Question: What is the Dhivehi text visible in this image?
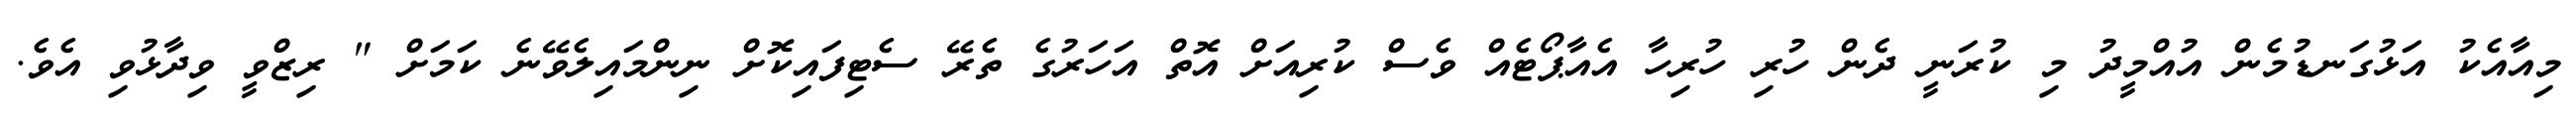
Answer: މިއާއެކު އަޅުގަނޑުމެން އުއްމީދު މި ކުރަނީ ދެން ހުރި ހުރިހާ އެއާޕޯޓެއް ވެސް ކުރިއަށް އޮތް އަހަރުގެ ތެރޭ ސެޓިފައިކޮށް ނިންމައިލެވޭނެ ކަމަށް " ރިޒްވީ ވިދާޅުވި އެވެ.